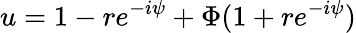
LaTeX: u=1-re^{-i\psi}+\Phi(1+re^{-i\psi})